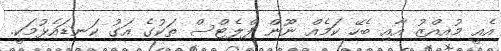
އެއީ މުއިއްޒު އާއި ބެހޭ ކަމެއް ނޫން ފްލެޓްސް ތަކުގެ އަގު ކަނޑައެޅުމަކީ.